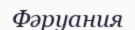
Фәруания